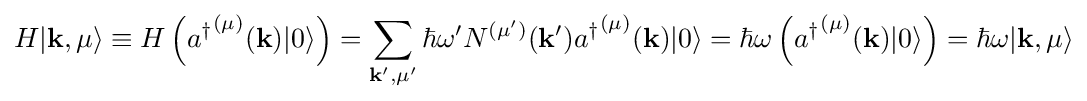
H|\mathbf {k} ,\mu \rangle \equiv H\left({a^{\dagger }}^{(\mu )}(\mathbf {k} )|0\rangle \right)=\sum _{\mathbf {k'} ,\mu '}\hbar \omega 'N^{(\mu ')}(\mathbf {k} '){a^{\dagger }}^{(\mu )}(\mathbf {k} )|0\rangle =\hbar \omega \left({a^{\dagger }}^{(\mu )}(\mathbf {k} )|0\rangle \right)=\hbar \omega |\mathbf {k} ,\mu \rangle